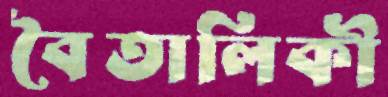
বৈতালিকী